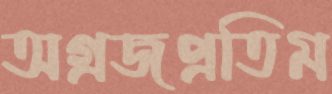
অগ্রজপ্রতিম